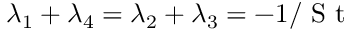
\lambda _ { 1 } + \lambda _ { 4 } = \lambda _ { 2 } + \lambda _ { 3 } = - 1 / \textrm { S t }